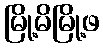
မြို့မိမြို့ဖ